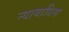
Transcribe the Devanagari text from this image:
न्यायाधिस